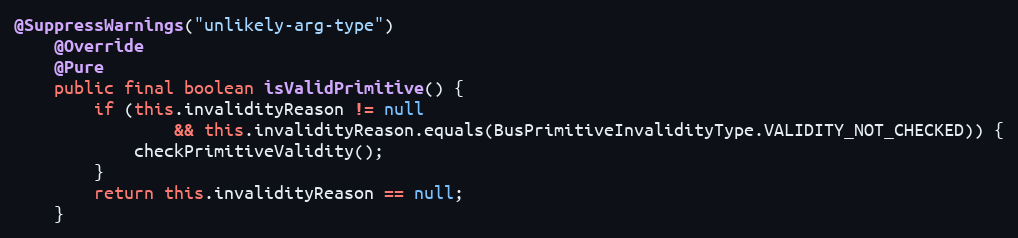
Language: Java
@SuppressWarnings("unlikely-arg-type")
	@Override
	@Pure
	public final boolean isValidPrimitive() {
		if (this.invalidityReason != null
				&& this.invalidityReason.equals(BusPrimitiveInvalidityType.VALIDITY_NOT_CHECKED)) {
			checkPrimitiveValidity();
		}
		return this.invalidityReason == null;
	}